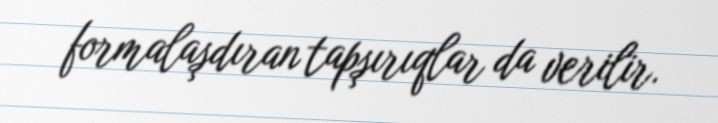
formalaşdıran tapşırıqlar da verilir.